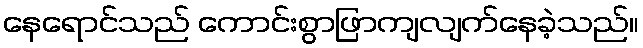
နေရောင်သည် ကောင်းစွာဖြာကျလျက်နေခဲ့သည်။